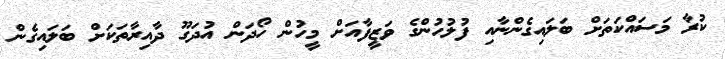
ކުރާ މަސައްކަތަށް ބަލައިގެންނާއި ފުލުހުންގެ ވަޒީފާއަށް މީހުން ހޯދަން އުދަގޫ ދާއިރާތަކަށް ބަލައިގެން